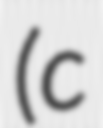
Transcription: (c